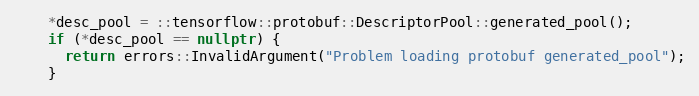
Language: C++
    *desc_pool = ::tensorflow::protobuf::DescriptorPool::generated_pool();
    if (*desc_pool == nullptr) {
      return errors::InvalidArgument("Problem loading protobuf generated_pool");
    }